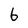
Character: 6